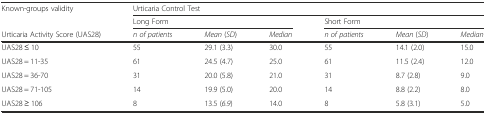
<table><thead><tr><td rowspan="2"><b>Known-groups validity</b></td><td colspan="6"><b>Urticaria Control Test</b></td></tr><tr><td colspan="3"><b>Long Form</b></td><td colspan="3"><b>Short Form</b></td></tr><tr><td><b>Urticaria Activity Score (UAS28)</b></td><td><b><i>n of patients</i></b></td><td><b><i>Mean</i> (<i>SD</i>)</b></td><td><b><i>Median</i></b></td><td><b><i>n of patients</i></b></td><td><b><i>Mean</i> (<i>SD</i>)</b></td><td><b><i>Median</i></b></td></tr></thead><tbody><tr><td>UAS28 ≤ 10</td><td>55</td><td>29.1 (3.3)</td><td>30.0</td><td>55</td><td>14.1 (2.0)</td><td>15.0</td></tr><tr><td>UAS28 = 11-35</td><td>61</td><td>24.5 (4.7)</td><td>25.0</td><td>61</td><td>11.5 (2.4)</td><td>12.0</td></tr><tr><td>UAS28 = 36-70</td><td>31</td><td>20.0 (5.8)</td><td>21.0</td><td>31</td><td>8.7 (2.8)</td><td>9.0</td></tr><tr><td>UAS28 = 71-105</td><td>14</td><td>19.9 (5.0)</td><td>20.0</td><td>14</td><td>8.8 (2.2)</td><td>8.0</td></tr><tr><td>UAS28 ≥ 106</td><td>8</td><td>13.5 (<i>6.9</i>)</td><td>14.0</td><td>8</td><td>5.8 (3.1)</td><td>5.0</td></tr></tbody></table>